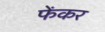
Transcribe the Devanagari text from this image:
फेंकर